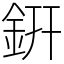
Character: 銒